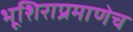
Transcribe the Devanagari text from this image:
भूशिराप्रमाणेच